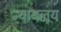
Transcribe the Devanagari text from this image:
न्‍यायलय